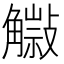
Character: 𧤿